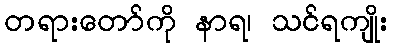
တရားတော်ကို နာရ၊ သင်ရကျိုး